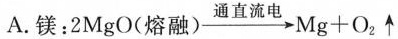
A.镁:$$2MgO(熔融) \xrightarrow[]{通直流电} Mg+O_{2}\uparrow $$